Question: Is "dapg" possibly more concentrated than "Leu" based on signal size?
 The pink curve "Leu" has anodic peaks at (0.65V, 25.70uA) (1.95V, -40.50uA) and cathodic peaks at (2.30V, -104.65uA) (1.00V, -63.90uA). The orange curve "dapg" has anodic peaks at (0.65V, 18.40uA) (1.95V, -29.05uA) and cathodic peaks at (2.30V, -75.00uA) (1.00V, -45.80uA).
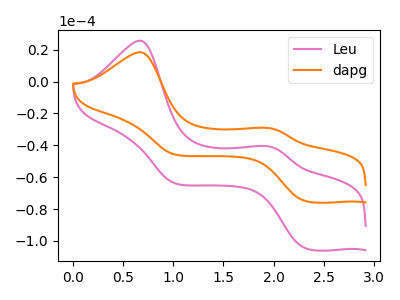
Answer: <think>All the peaks in "dapg" have a peak in "Leu" at the same potential.
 </think>
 <answer>I cant tell if "dapg" or "Leu" has more signal.</answer>
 <eval>mixed_signal</eval>